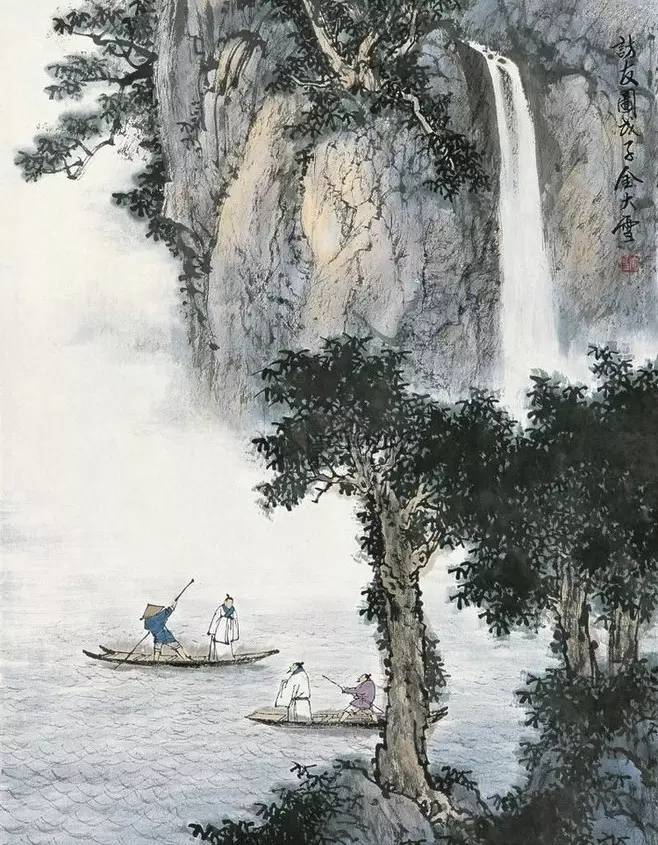
当轩对尊酒，四面芙蓉开。